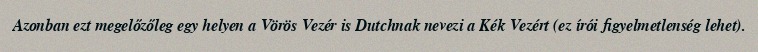
Azonban ezt megelőzőleg egy helyen a Vörös Vezér is Dutchnak nevezi a Kék Vezért (ez írói figyelmetlenség lehet).